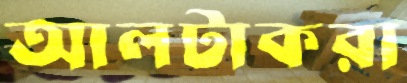
আলটাকরা